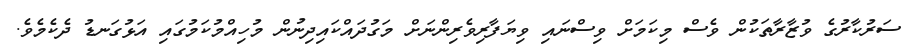
ސަރުކާރުގެ ވުޒާރާތަކުން ވެސް މިކަމަށް ވިސްނައި ވިޔަފާރިވެރިންނަށް މަގުދައްކައިދިނުން މުހިއްމުކަމުގައި އަޅުގަނޑު ދެކެމެވެ.